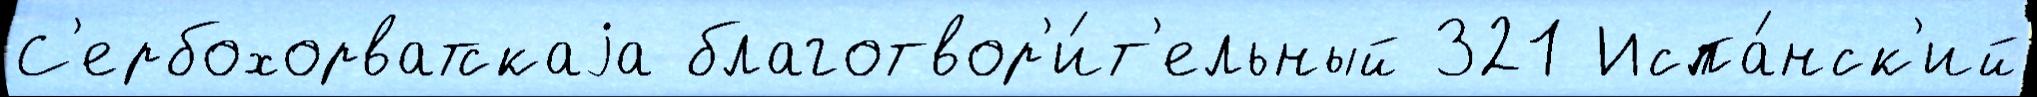
С'ербохорватскаjа благотвор'и́т'ельный 321 Испа́нск'ий